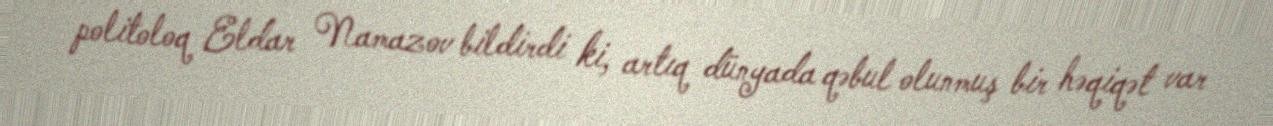
politoloq Eldar Namazov bildirdi ki, artıq dünyada qəbul olunmuş bir həqiqət var